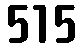
515